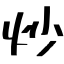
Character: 炒